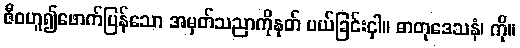
ဇီဝဟူ၍ဖောက်ပြန်သော အမှတ်သညာကိုနုတ် ပယ်ခြင်းငှါ။ ဓာတုဒေသနံ၊ ကို။